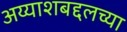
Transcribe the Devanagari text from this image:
अय्याशबद्दलच्या